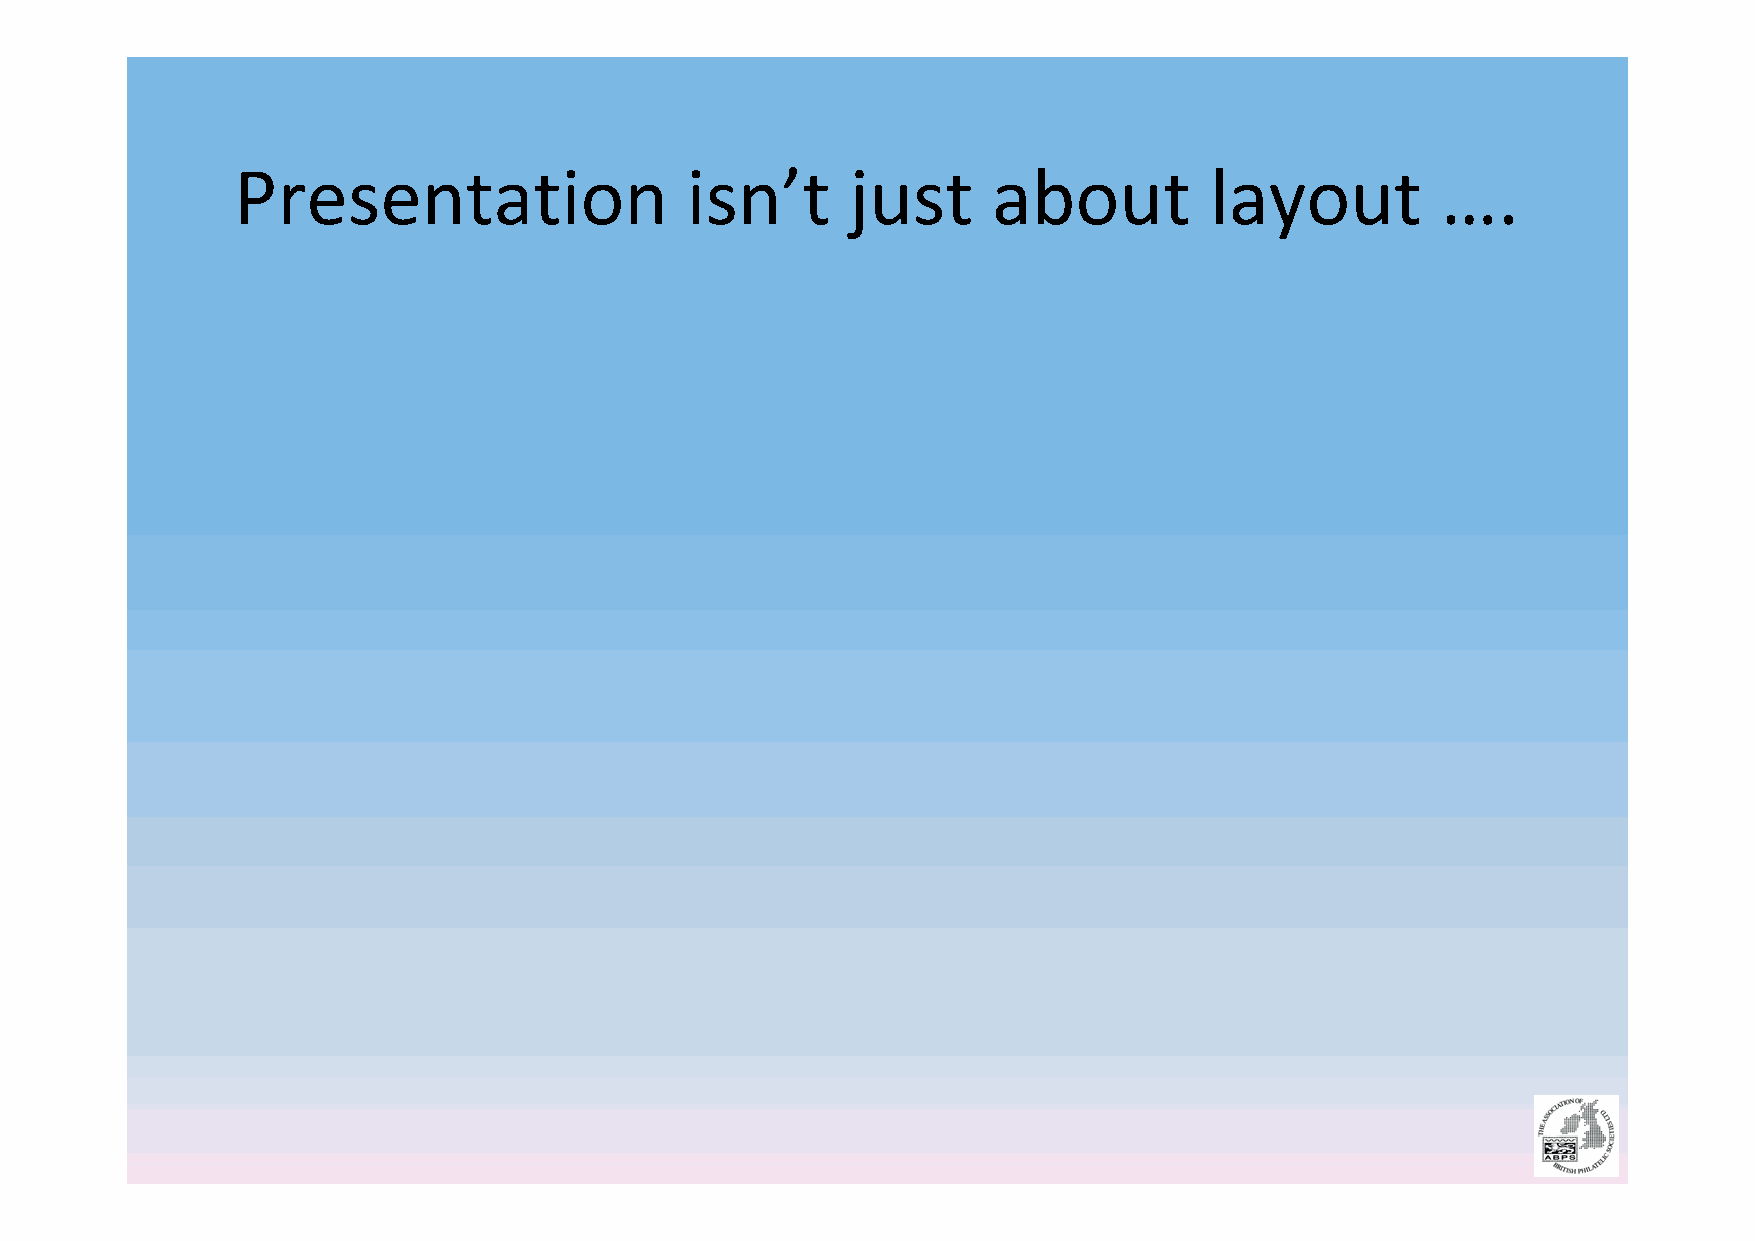
Presentation                 isn’t      just      about         layout         ….